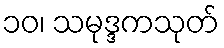
၁၀၊ သမုဒ္ဒကသုတ်